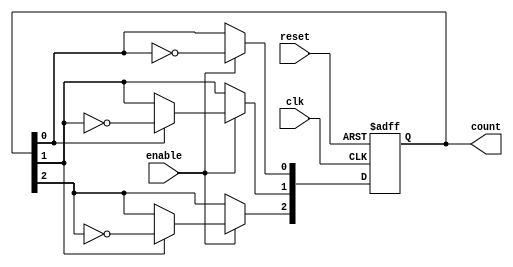
module async_counter (
    input wire clk,        // Clock input
    input wire reset,      // Asynchronous reset
    input wire enable,     // Enable signal
    output reg [N-1:0] count // Counter output (N flip-flops)
);
    parameter N = 3; // Number of flip-flops (change as needed)

    // Always block for the flip-flops
    always @(posedge clk or posedge reset) begin
        if (reset) begin
            count <= 0; // Reset the counter to 0
        end else if (enable) begin
            // Counting logic (T flip-flop behavior)
            count[0] <= ~count[0]; // Toggle LSB
            // Ripple effect for other bits
            count[1] <= count[0] ? ~count[1] : count[1];
            count[2] <= count[1] ? ~count[2] : count[2];
            // Add more bits as needed for larger counts
        end
    end
endmodule